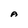
Character: A